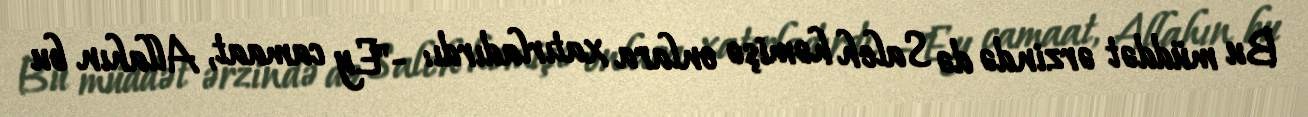
Bu müddət ərzində də Saleh həmişə onlara xatırladırdı: -"Ey camaat, Allahın bu